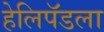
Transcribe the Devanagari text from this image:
हेलिपॅडला